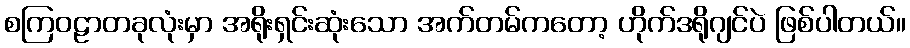
စကြဝဠာတခုလုံးမှာ အရိုးရှင်းဆုံးသော အက်တမ်ကတော့ ဟိုက်ဒရိုဂျင်ပဲ ဖြစ်ပါတယ်။